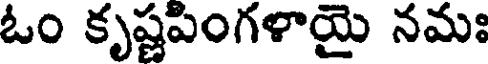
ఓం కృష్ణపింగళాయై నమః